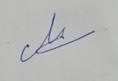
Signature authenticity: genuine